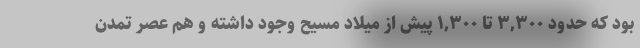
بود که حدود ۳,۳۰۰ تا ۱,۳۰۰ پیش از میلاد مسیح وجود داشته و هم عصر تمدن